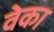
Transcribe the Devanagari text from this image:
वेका